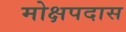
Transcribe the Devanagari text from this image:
मोक्षपदास